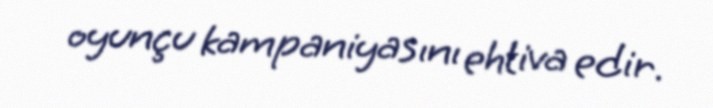
oyunçu kampaniyasını ehtiva edir.